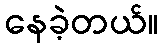
နေခဲ့တယ်။